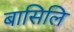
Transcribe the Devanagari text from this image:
बासिलि